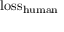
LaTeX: { \mathrm { l o s s } } _ { \mathrm { h u m a n } }